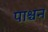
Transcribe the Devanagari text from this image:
पाश्चन